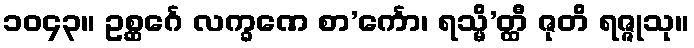
၁၀၄၃။ ဥစ္ဆင်္ဂေ လက္ခဏေ စာ’င်္ကော၊ ရသ္မိ’တ္ထီ ဇုတိ ရဇ္ဇုသု။